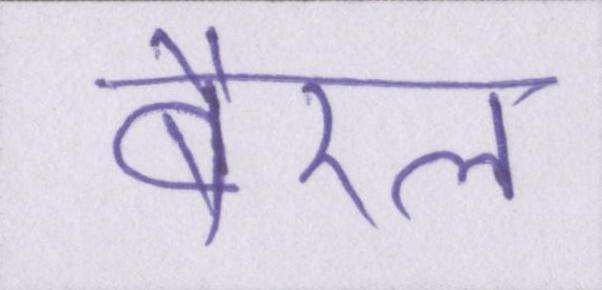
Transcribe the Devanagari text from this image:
बैरल